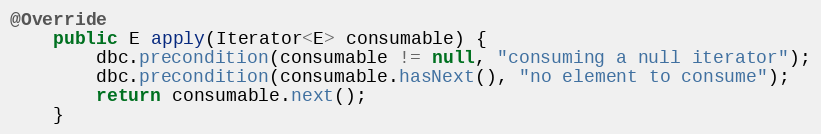
Language: Java
@Override
    public E apply(Iterator<E> consumable) {
        dbc.precondition(consumable != null, "consuming a null iterator");
        dbc.precondition(consumable.hasNext(), "no element to consume");
        return consumable.next();
    }